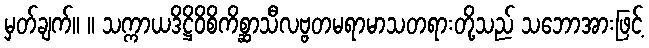
မှတ်ချက်။ ။ သက္ကာယဒိဋ္ဌိဝိစိကိစ္ဆာသီလဗ္ဗတမရာမာသတရားတို့သည် သဘောအားဖြင့်